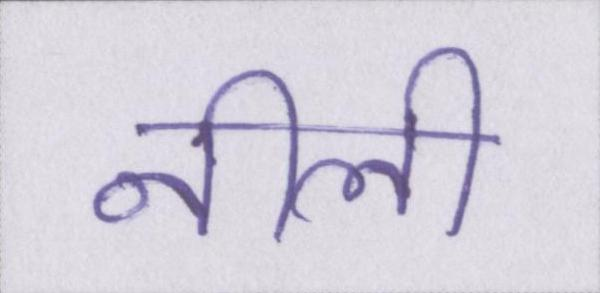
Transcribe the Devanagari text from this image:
नीली